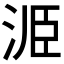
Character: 𭰝